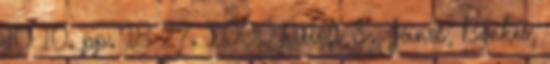
10 10. pp. 18-27. 2000 Petőfi S., János; Benkes,